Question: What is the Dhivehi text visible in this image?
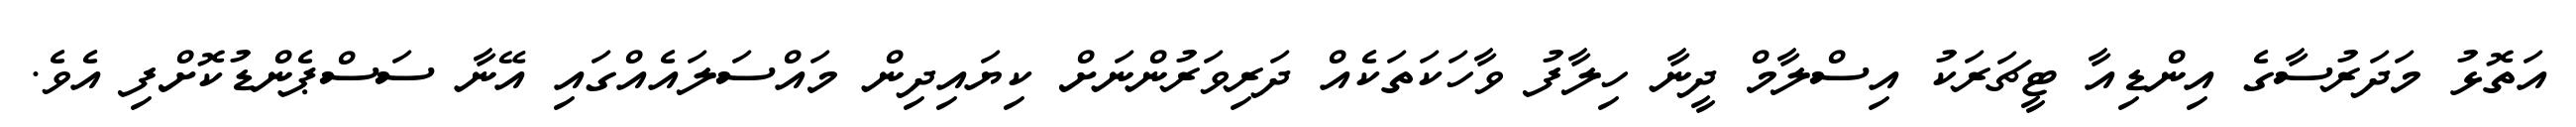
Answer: އަތޮޅު މަދަރުސާގެ އިންޑިއާ ޓީޗަރަކު އިސްލާމް ދީނާ ހިލާފު ވާހަކަތަކެއް ދަރިވަރުންނަށް ކިޔައިދިން މައްސަލައެއްގައި އޭނާ ސަސްޕެންޑުކޮށްފި އެވެ.